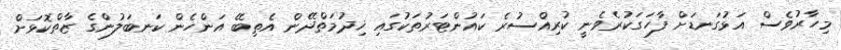
މިހާރުވެސް އަޅުގަނޑަށް ފާހަގަކުރެވެނީ ކުރިއްސުރެ ކައުންޓަރުތަކުގައި ޚިދުމަތްދޭން އެތިބޭ އަންހެން ކަނބަލުންގެ ޒާތްކޮޅަށް